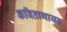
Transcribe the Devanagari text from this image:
कवितागायन